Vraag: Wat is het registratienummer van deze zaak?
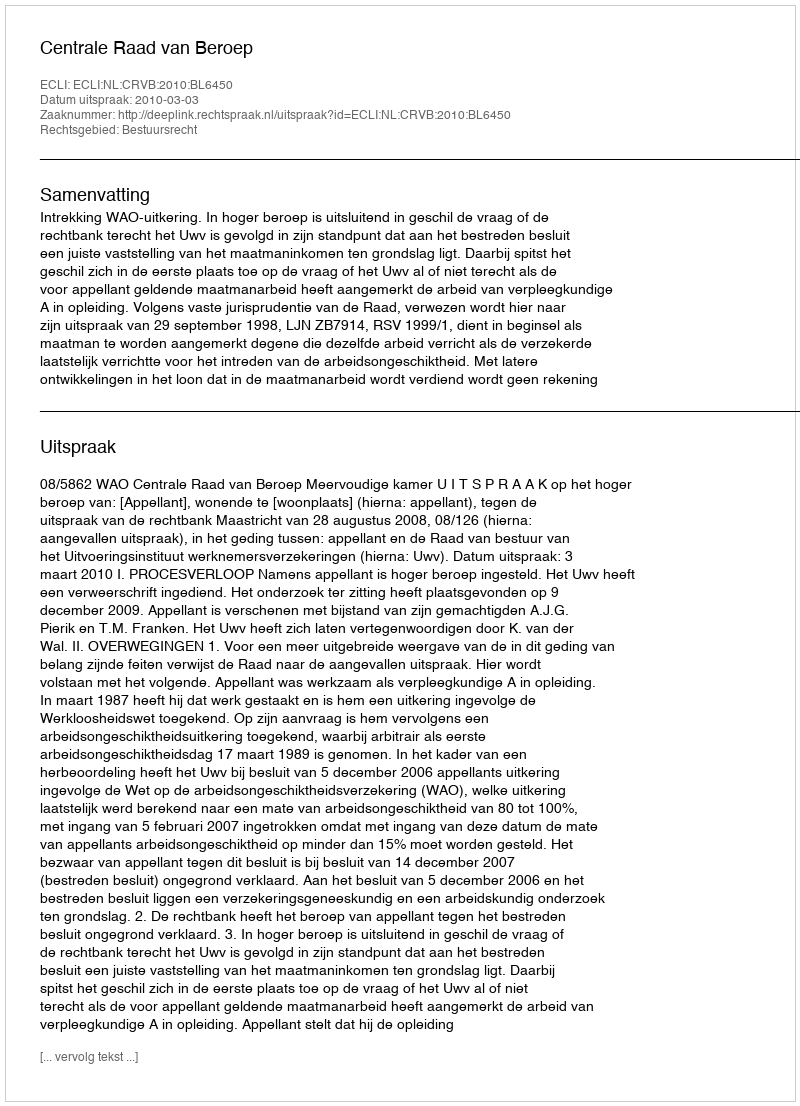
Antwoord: http://deeplink.rechtspraak.nl/uitspraak?id=ECLI:NL:CRVB:2010:BL6450